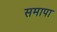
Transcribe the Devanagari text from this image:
समापा